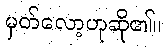
မှတ်လော့ဟုဆို၏။